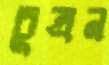
চুম্‌রন